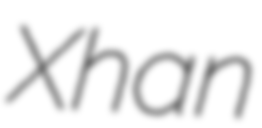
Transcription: Xhan